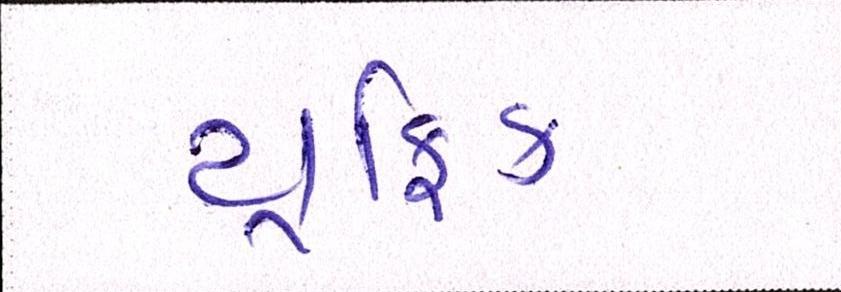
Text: ટ્રાફિક